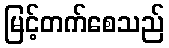
မြင့်တက်စေသည်